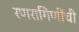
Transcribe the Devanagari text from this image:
रणरागिणींची